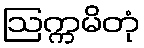
ဩက္ကမိတုံ